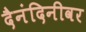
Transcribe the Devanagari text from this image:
दैनंदिनीवर